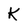
Character: K